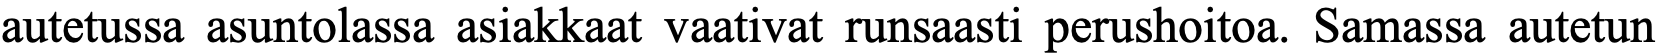
autetussa asuntolassa asiakkaat vaativat runsaasti perushoitoa. Samassa autetun